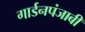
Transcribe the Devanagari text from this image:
गार्डनपंजाबी